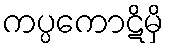
ကပ္ပကောဋိမှိ